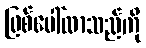
ဖြစ်ပေါ်လာသည်ကို